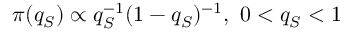
\pi ( q _ { S } ) \propto q _ { S } ^ { - 1 } ( 1 - q _ { S } ) ^ { - 1 } , \ 0 < q _ { S } < 1